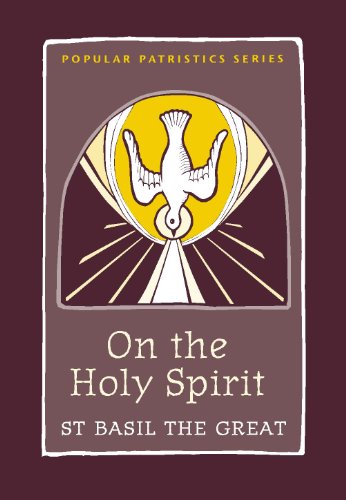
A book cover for On the Holy Spirit: St. Basil the Great (Popular Patristics); Stephen M. Hildebrand; Christian Books & Bibles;